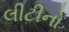
લીટીનો